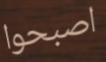
اصبحوا